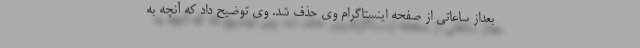
بعداز ساعاتی از صفحه اینستاگرام وی حذف شد. وی توضیح داد که آنچه به